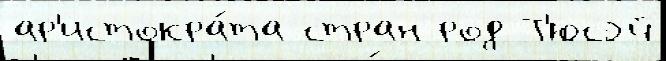
ар'истокра́та стран род Т'юсэй